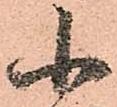
小